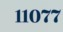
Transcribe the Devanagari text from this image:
११०७७